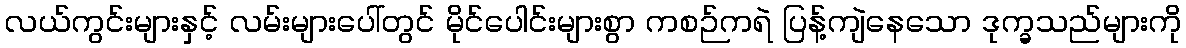
လယ်ကွင်းများနှင့် လမ်းများပေါ်တွင် မိုင်ပေါင်းများစွာ ကစဉ်ကရဲ ပြန့်ကျဲနေသော ဒုက္ခသည်များကို